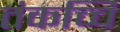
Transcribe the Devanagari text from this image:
तंकच्चि